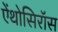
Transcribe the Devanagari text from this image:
ऐंथोसिरॉस